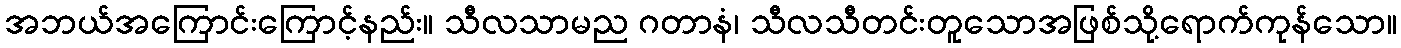
အဘယ်အကြောင်းကြောင့်နည်း။ သီလသာမည ဂတာနံ၊ သီလသီတင်းတူသောအဖြစ်သို့ရောက်ကုန်သော။